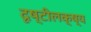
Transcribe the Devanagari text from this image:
दृष्टीलक्ष्य